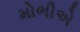
મોભીએ